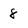
Character: 8